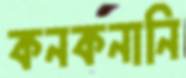
কনকনানি